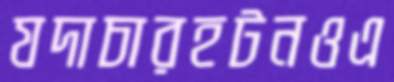
যদাচারহটনওএ